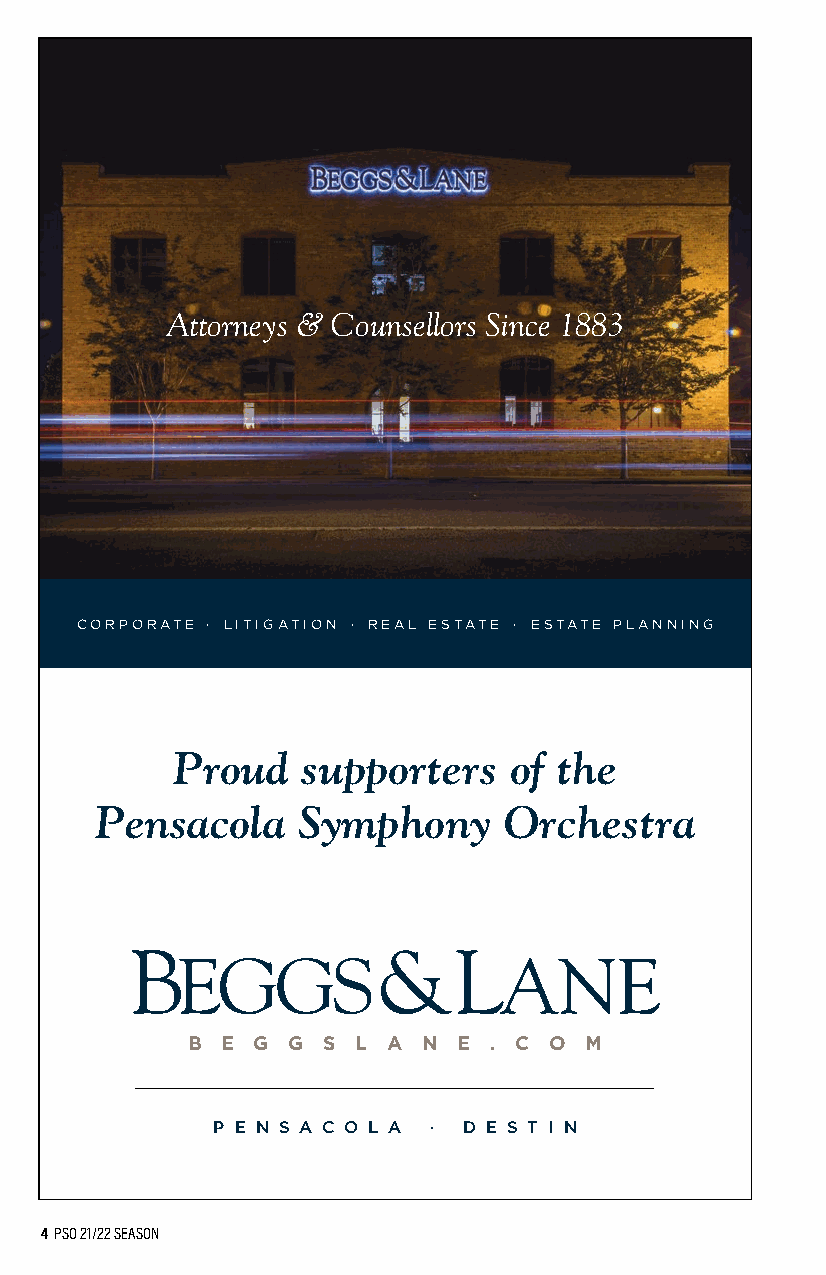
Attorneys & Counsellors Since 1883
 CORPORATE · LITIGATION · REAL ESTATE · ESTATE PLANNING
 Proud    supporters    of the
 Pensacola     Symphony     Orchestra
 B  E G G S  L A N E . C O  M
 P E N S A C O L A · D E S T I N
 4 PSO 21/22 SEASON